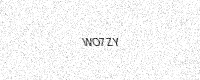
Text: WO7ZY